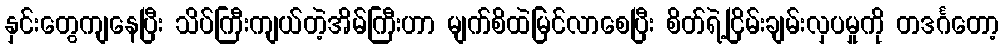
နှင်းတွေကျနေပြီး သိပ်ကြီးကျယ်တဲ့အိမ်ကြီးဟာ မျက်စိထဲမြင်လာစေပြီး စိတ်ရဲ့ငြိမ်းချမ်းလှပမှုကို တဒင်္ဂတော့